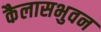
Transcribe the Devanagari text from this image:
कैलासभुवन